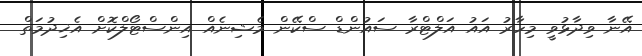
އޭނާ ވިދާޅުވީ މިހާރު އައު އަލްޓްރާ ސައުންޑް ސްކޭން މެޝިނެއް އިންސްޓޯލްކޮށް އެޚިދުމަތް